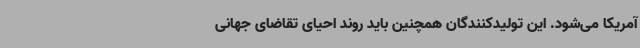
آمریکا می‌شود. این تولیدکنندگان همچنین باید روند احیای تقاضای جهانی